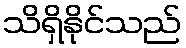
သိရှိနိုင်သည်